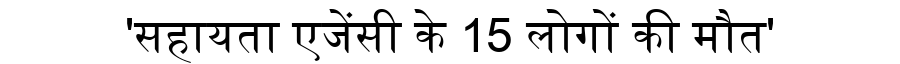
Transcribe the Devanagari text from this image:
'सहायता एजेंसी के 15 लोगों की मौत'